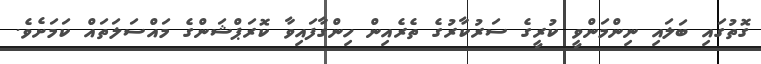
ގޮތުގައި ބަލައި ނިންމަންވީ ކުރީގެ ސަރުކާރުގެ ތެރެއިން ހިންގާފައިވާ ކޮރަޕްޝަންގެ މައްސަލަތައް ކަމަށެވެ.